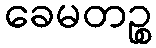
ခေမတဉ္စ